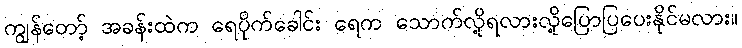
ကျွန်တော့် အခန်းထဲက ရေပိုက်ခေါင်း ရေက သောက်လို့ရလားလို့ပြောပြပေးနိုင်မလား။